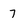
Character: 7